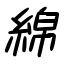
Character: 綿